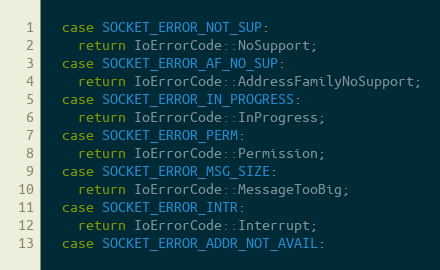
Language: C++
  case SOCKET_ERROR_NOT_SUP:
    return IoErrorCode::NoSupport;
  case SOCKET_ERROR_AF_NO_SUP:
    return IoErrorCode::AddressFamilyNoSupport;
  case SOCKET_ERROR_IN_PROGRESS:
    return IoErrorCode::InProgress;
  case SOCKET_ERROR_PERM:
    return IoErrorCode::Permission;
  case SOCKET_ERROR_MSG_SIZE:
    return IoErrorCode::MessageTooBig;
  case SOCKET_ERROR_INTR:
    return IoErrorCode::Interrupt;
  case SOCKET_ERROR_ADDR_NOT_AVAIL: